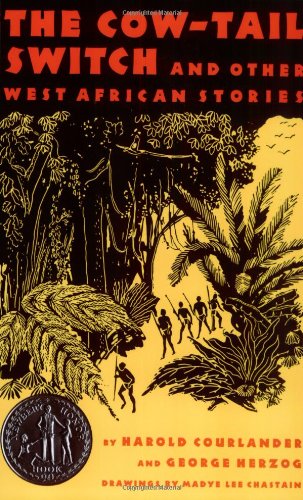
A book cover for The Cow-Tail Switch: And Other West African Stories; Harold Courlander; Children's Books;